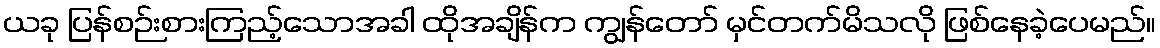
ယခု ပြန်စဉ်းစားကြည့်သောအခါ ထိုအချိန်က ကျွန်တော် မှင်တက်မိသလို ဖြစ်နေခဲ့ပေမည်။